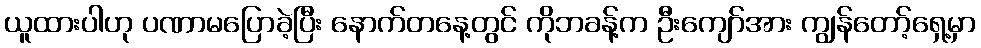
ယူထားပါဟု ပဏာမပြောခဲ့ပြီး နောက်တနေ့တွင် ကိုဘခန့်က ဦးကျော်အား ကျွန်တော့်ရှေ့မှာ